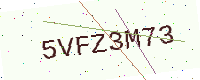
Text: 5VFZ3M73